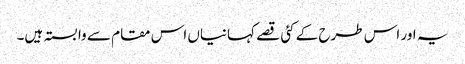
یہ اور اس طرح کے کئی قصے کہانیاں اس مقام سے وابستہ ہیں۔